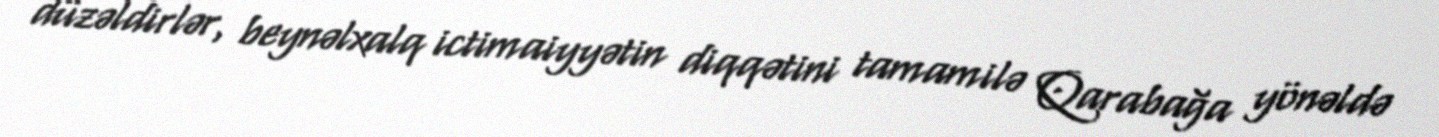
düzəldirlər, beynəlxalq ictimaiyyətin diqqətini tamamilə Qarabağa yönəldə